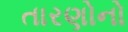
તારણોનો